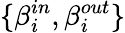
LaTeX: \{ \beta_{i}^{in},\beta_{i}^{out}\}